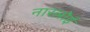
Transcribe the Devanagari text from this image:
नारलोई